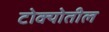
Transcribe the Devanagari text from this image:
टोक्योतील